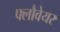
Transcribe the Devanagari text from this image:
फ्लौवेयर